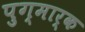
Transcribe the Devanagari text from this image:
पुग्मार्क